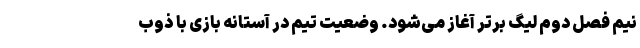
نیم فصل دوم لیگ برتر آغاز می‌شود. وضعیت تیم در آستانه بازی با ذوب